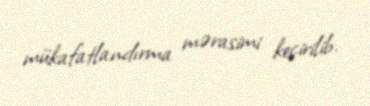
mükafatlandırma mərasimi keçirilib.